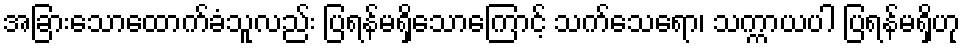
အခြားသောထောက်ခံသူလည်း ပြရန်မရှိသောကြောင့် သက်သေရော၊ သက္ကာယပါ ပြရန်မရှိဟု